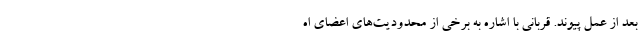
بعد از عمل پیوند. قربانی با اشاره به برخی از محدودیت‌های اعضای اه